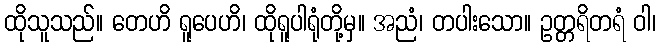
ထိုသူသည်။ တေဟိ ရူပေဟိ၊ ထိုရူပါရုံတို့မှ။ အညံ၊ တပါးသော။ ဥတ္တရိတရံ ဝါ၊